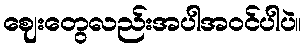
ဈေးတွေလည်းအပါအဝင်ပါပဲ။